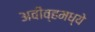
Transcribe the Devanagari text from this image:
अवीव्हमध्ये